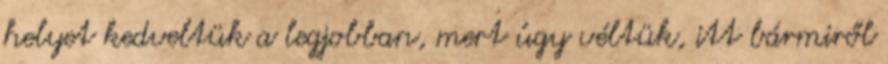
helyet kedveltük a legjobban, mert úgy véltük, itt bármiről